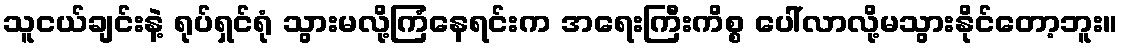
သူငယ်ချင်းနဲ့ ရုပ်ရှင်ရုံ သွားမလို့ကြံနေရင်းက အရေးကြီးကိစ္စ ပေါ်လာလို့မသွားနိုင်တော့ဘူး။